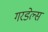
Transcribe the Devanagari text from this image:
गरडेल्स